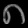
Digit: ၈